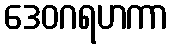
ဒေဝဂရဟကာ